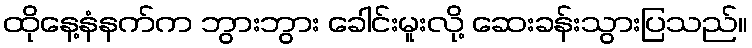
ထိုနေ့နံနက်က ဘွားဘွား ခေါင်းမူးလို့ ဆေးခန်းသွားပြသည်။